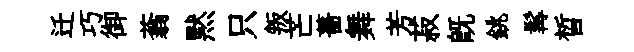
迁巧御蓊黙只叛芒薔舞芳菽既銚髯晳